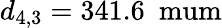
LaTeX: d_{4,3}=341.6\ \mathrm{\ mum}